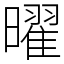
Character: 曜